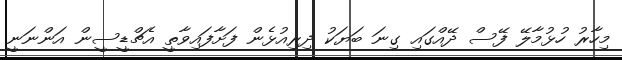
މިހާރު ހުޅުމާލޭ ފޭސް ދޭއްގައި ގިނަ ބަޔަކު ދިރިއުޅެން ފަށާފައިވާތީ އެޗްޑީސީން އަންނަނީ